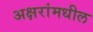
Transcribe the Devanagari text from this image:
अक्षरांमधील